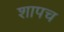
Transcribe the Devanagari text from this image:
शापच